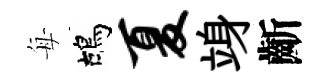
每鴣夏竧齗